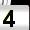
Digit: 4